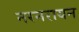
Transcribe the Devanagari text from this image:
नरनरायन